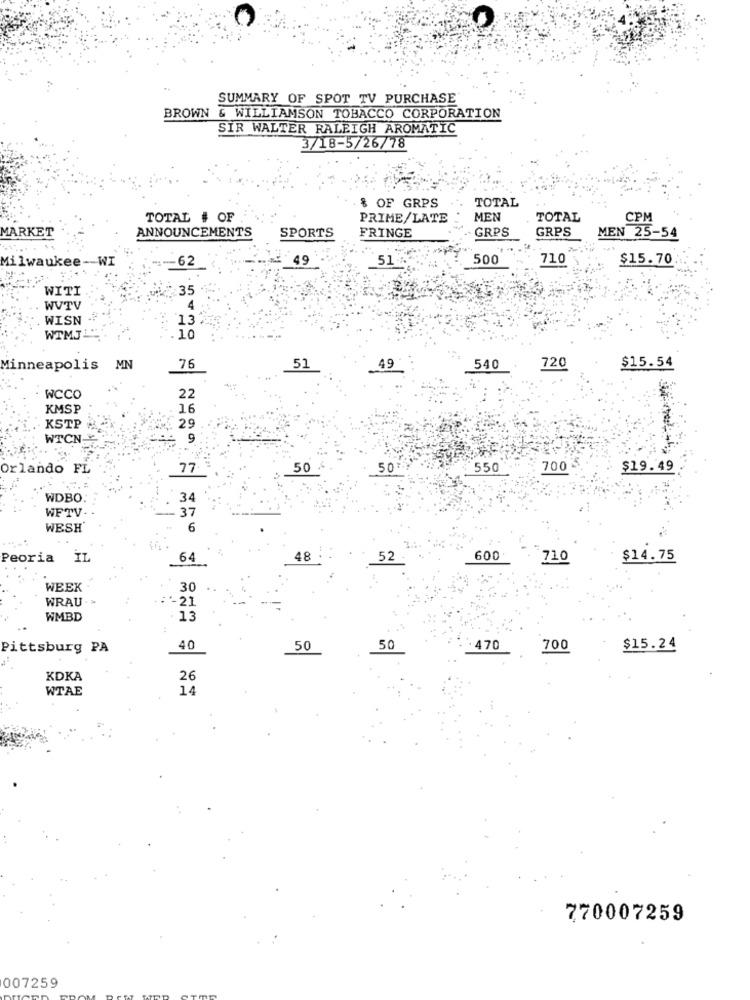
SUMMARY OF SPOT TV PURCHASE
BROWN & WILLIAMSON TOBACCO CORPORATION
SIR WALTER RALEIGH AROMATIC
3/18-5/26/78
TOTAL
% OF GRPS
TOTAL # OF
PRIME/LATE
MEN
TOTAL
CPM
MARKET
ANNOUNCEMENTS
GRPS
GRPS
MEN 25-54
SPORTS
FRINGE
Milwaukee -- WI
49
51
500
710
$15.70
62
WITI
35
WVTV
4
WISN
132
10
WTMJL:
49
Minneapolis MN
76
51
540
720
$15.54
WCCO
22
KMSP
16
KSTP
€ 29
WTCN
9
Orlando FL
77
50
50
550
700
$19.49
WDBO:
34
WFTV
37
WESH'
6
Peoria IL
64
48
52
600
710
$14.75
WEEK
30
WRAU
-21
WMBD
13
Pittsburg PA
40
50
50
470
700
$15.24
KDKA
26
WTAE
14
770007259
007259